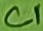
Text: C1